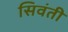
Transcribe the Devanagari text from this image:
सिवंती